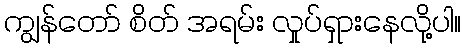
ကျွန်တော် စိတ် အရမ်း လှုပ်ရှားနေလို့ပါ။